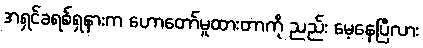
အရှင်ခရစ်ရှနားက ဟောတော်မူထားတာကို ညည်း မေ့နေပြီလား